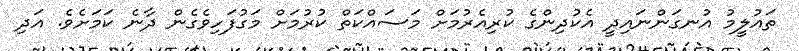
ތައުލީމު އުނގަންނައިދީ އެކުދިންގެ ކުރިއެރުމަށް މަސައްކަތް ކުރުމަށް މަގުފަހިވެގެން ދާނެ ކަމަށެވެ. އަދި